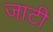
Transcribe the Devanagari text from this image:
जाटी